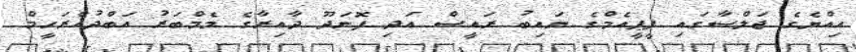
އިއްޔެގެ ޖަލްސާގައި ޕީޕީއެމްގެ ނައިބު ރައީސް އަދި ފޮނަދޫ ދާއިރާގެ މެމްބަރު އަބްދުއްރަހީމް